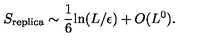
S _ { \mathrm { r e p l i c a } } \sim { \frac { 1 } { 6 } } \mathrm { l n } ( L / \epsilon ) + O ( L ^ { 0 } ) .